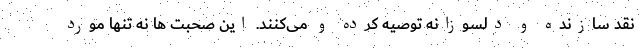
نقد سازنده و دلسوزانه توصیه کرده و می‌کنند. این صحبت ها نه تنها مورد